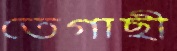
তেগাছী